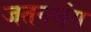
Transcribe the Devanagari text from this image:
जतनसंग